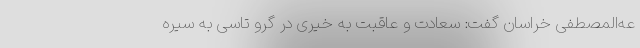
عه‌المصطفی خراسان گفت: سعادت و عاقبت به خیری در گرو تاسی به سیره